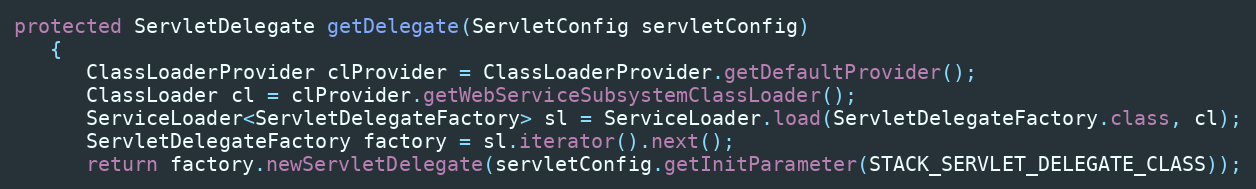
Language: Java
protected ServletDelegate getDelegate(ServletConfig servletConfig)
   {
      ClassLoaderProvider clProvider = ClassLoaderProvider.getDefaultProvider();
      ClassLoader cl = clProvider.getWebServiceSubsystemClassLoader();
      ServiceLoader<ServletDelegateFactory> sl = ServiceLoader.load(ServletDelegateFactory.class, cl);
      ServletDelegateFactory factory = sl.iterator().next();
      return factory.newServletDelegate(servletConfig.getInitParameter(STACK_SERVLET_DELEGATE_CLASS));